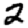
Digit: 2